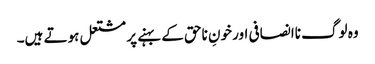
وہ لوگ ناانصافی اور خونِ ناحق کے بہنے پر مشتعل ہوتے ہیں۔